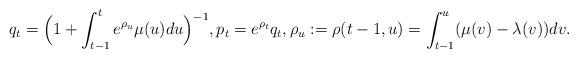
LaTeX: \begin{align*}q_{t}&=\Big(1+\int_{t-1}^te^{\rho_u}\mu(u)du\Big)^{-1},p_t=e^{\rho_t}q_t,\rho_u:=\rho(t-1,u)=\int_{t-1}^u(\mu(v)-\lambda(v))dv.\end{align*}